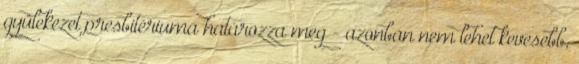
gyülekezet presbitériuma határozza meg - azonban nem lehet kevesebb,